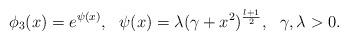
LaTeX: \begin{align*}\phi_3(x)=e^{\psi(x)},\ \ \psi(x)=\lambda(\gamma+x^2)^{\frac{l+1}2},\ \ \gamma,\lambda>0.\end{align*}